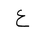
Letter: _ayn